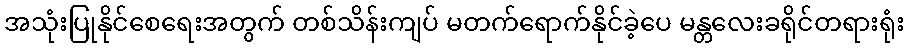
အသုံးပြုနိုင်စေရေးအတွက် တစ်သိန်းကျပ် မတက်ရောက်နိုင်ခဲ့ပေ မန္တလေးခရိုင်တရားရုံး